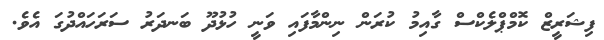
ފިޝަރީޒް ކޮމްޕްލެކްސް ގާއިމު ކުރަން ނިންމާފައި ވަނީ ހުޅުދޫ ބަނދަރު ސަރަހައްދުގަ އެވެ.